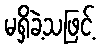
မရှိခဲ့သဖြင့်